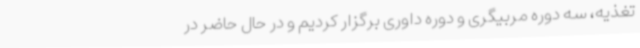
تغذیه، سه دوره مربیگری و دوره داوری برگزار کردیم و در حال حاضر در